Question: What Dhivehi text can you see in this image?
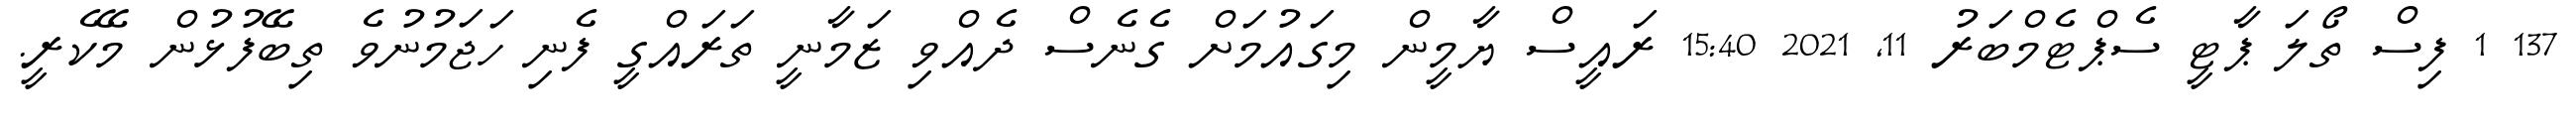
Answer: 137 1 ފިސް ތޯލަ ޕާޓީ ސެޕްޓެމްބަރު 11, 2021 15:40 ރައީސް ޔާމީން މިގައުމަށް ގެނެސް ދެއްވި ޒަމާނީ ތަރައްގީ ފެނި ހަޖަމުނުވެ ތިބޭފުޅުން މޭކެރީ.